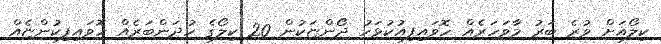
ކިލޯއަށް ވުރެ ބަރު މާވަހަރެއް ހޮވައިފިއުކުޅަހު ދޯންޏަކުން 20 ކިލޯގެ ހުދަންބަރެއް ހޮވައިފިކުންޏެއް